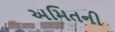
અમિતની